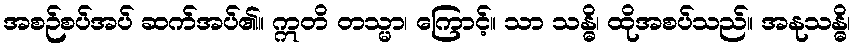
အစဉ်စပ်အပ် ဆက်အပ်၏။ ဣတိ တသ္မာ၊ ကြောင့်။ သာ သန္ဓိ၊ ထိုအစပ်သည်။ အနုသန္ဓိ၊